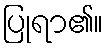
ပြုရာ၏။